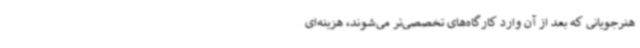
هنرجویانی که بعد از آن وارد کارگاه‌های تخصصی‌تر می‌شوند، هزینه‌ای